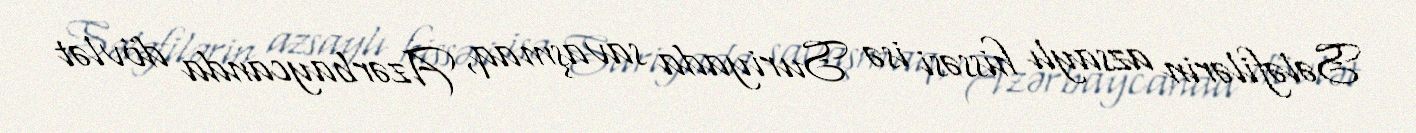
Sələfilərin azsaylı hissəsi isə Suriyada savaşmaq, Azərbaycanda dövlət